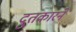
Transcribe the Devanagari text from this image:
दुतकारने